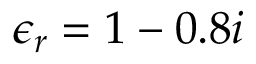
\epsilon _ { r } = 1 - 0 . 8 i